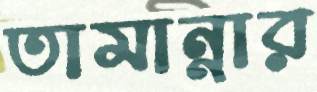
তামান্নার